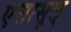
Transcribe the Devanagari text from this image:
एसासुल्